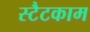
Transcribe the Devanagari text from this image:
स्टैटकाम